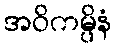
အဝိကမ္ပိနံ